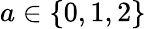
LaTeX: a\in\{ 0,1,2\}